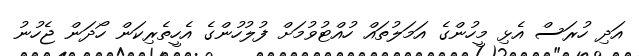
އަދި ހުރަސް އެޅި މީހުންގެ އަމަލުތައް ހުއްޓުވުމަށް ފުލުހުންގެ އެހީތެރިކަން ހޯދަން ޖެހުނު